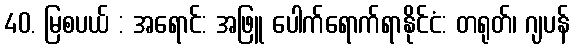
40. မြစပယ် : အရောင်: အဖြူ ပေါက်ရောက်ရာနိုင်ငံ: တရုတ်၊ ဂျပန်